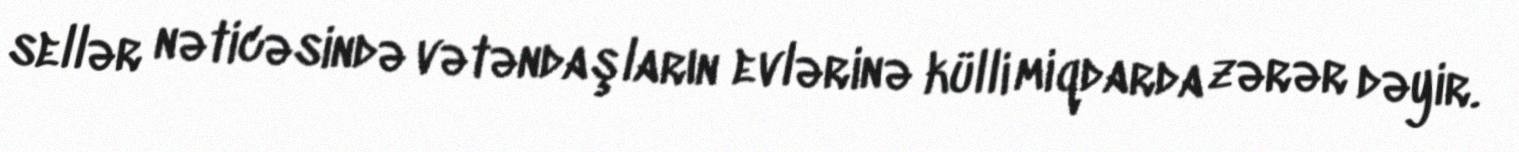
sellər nəticəsində vətəndaşların evlərinə külli miqdarda zərər dəyir.